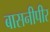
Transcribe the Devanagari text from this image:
बासनीपीर